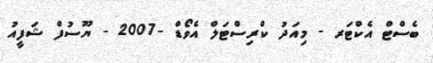
ބެސްޓް އެކްޓަރ - މިއަދު ކްރިސްޓަލް އެވޯޑް -2007 - ޔޫސުފް ޝަފީއު